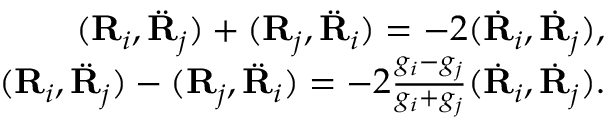
\begin{array} { r } { ( { \bf R } _ { i } , \ddot { \bf R } _ { j } ) + ( { \bf R } _ { j } , \ddot { \bf R } _ { i } ) = - 2 ( \dot { \bf R } _ { i } , \dot { \bf R } _ { j } ) , } \\ { ( { \bf R } _ { i } , \ddot { \bf R } _ { j } ) - ( { \bf R } _ { j } , \ddot { \bf R } _ { i } ) = - 2 \frac { g _ { i } - g _ { j } } { g _ { i } + g _ { j } } ( \dot { \bf R } _ { i } , \dot { \bf R } _ { j } ) . } \end{array}